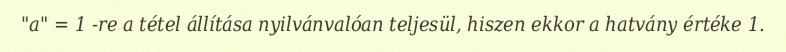
"a" = 1 -re a tétel állítása nyilvánvalóan teljesül, hiszen ekkor a hatvány értéke 1.